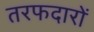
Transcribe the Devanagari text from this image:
तरफदारों